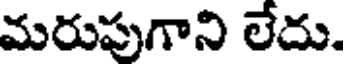
మరుపుగాని లేదు.